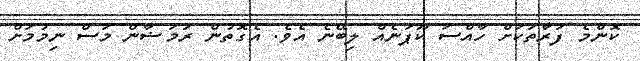
ކޮންމެ ފަރާތަކަށް ހާއްސަ ކޫޕަނެއް ލިބޭނެ އެވެ. އެގޮތުން ރަމަޟާން މަސް ނިމުމަށް